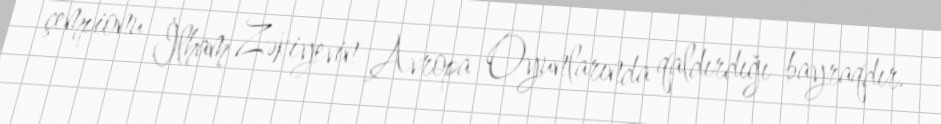
çempionu İlham Zəkiyevin Avropa Oyunlarında qaldırdığı bayraqdır.